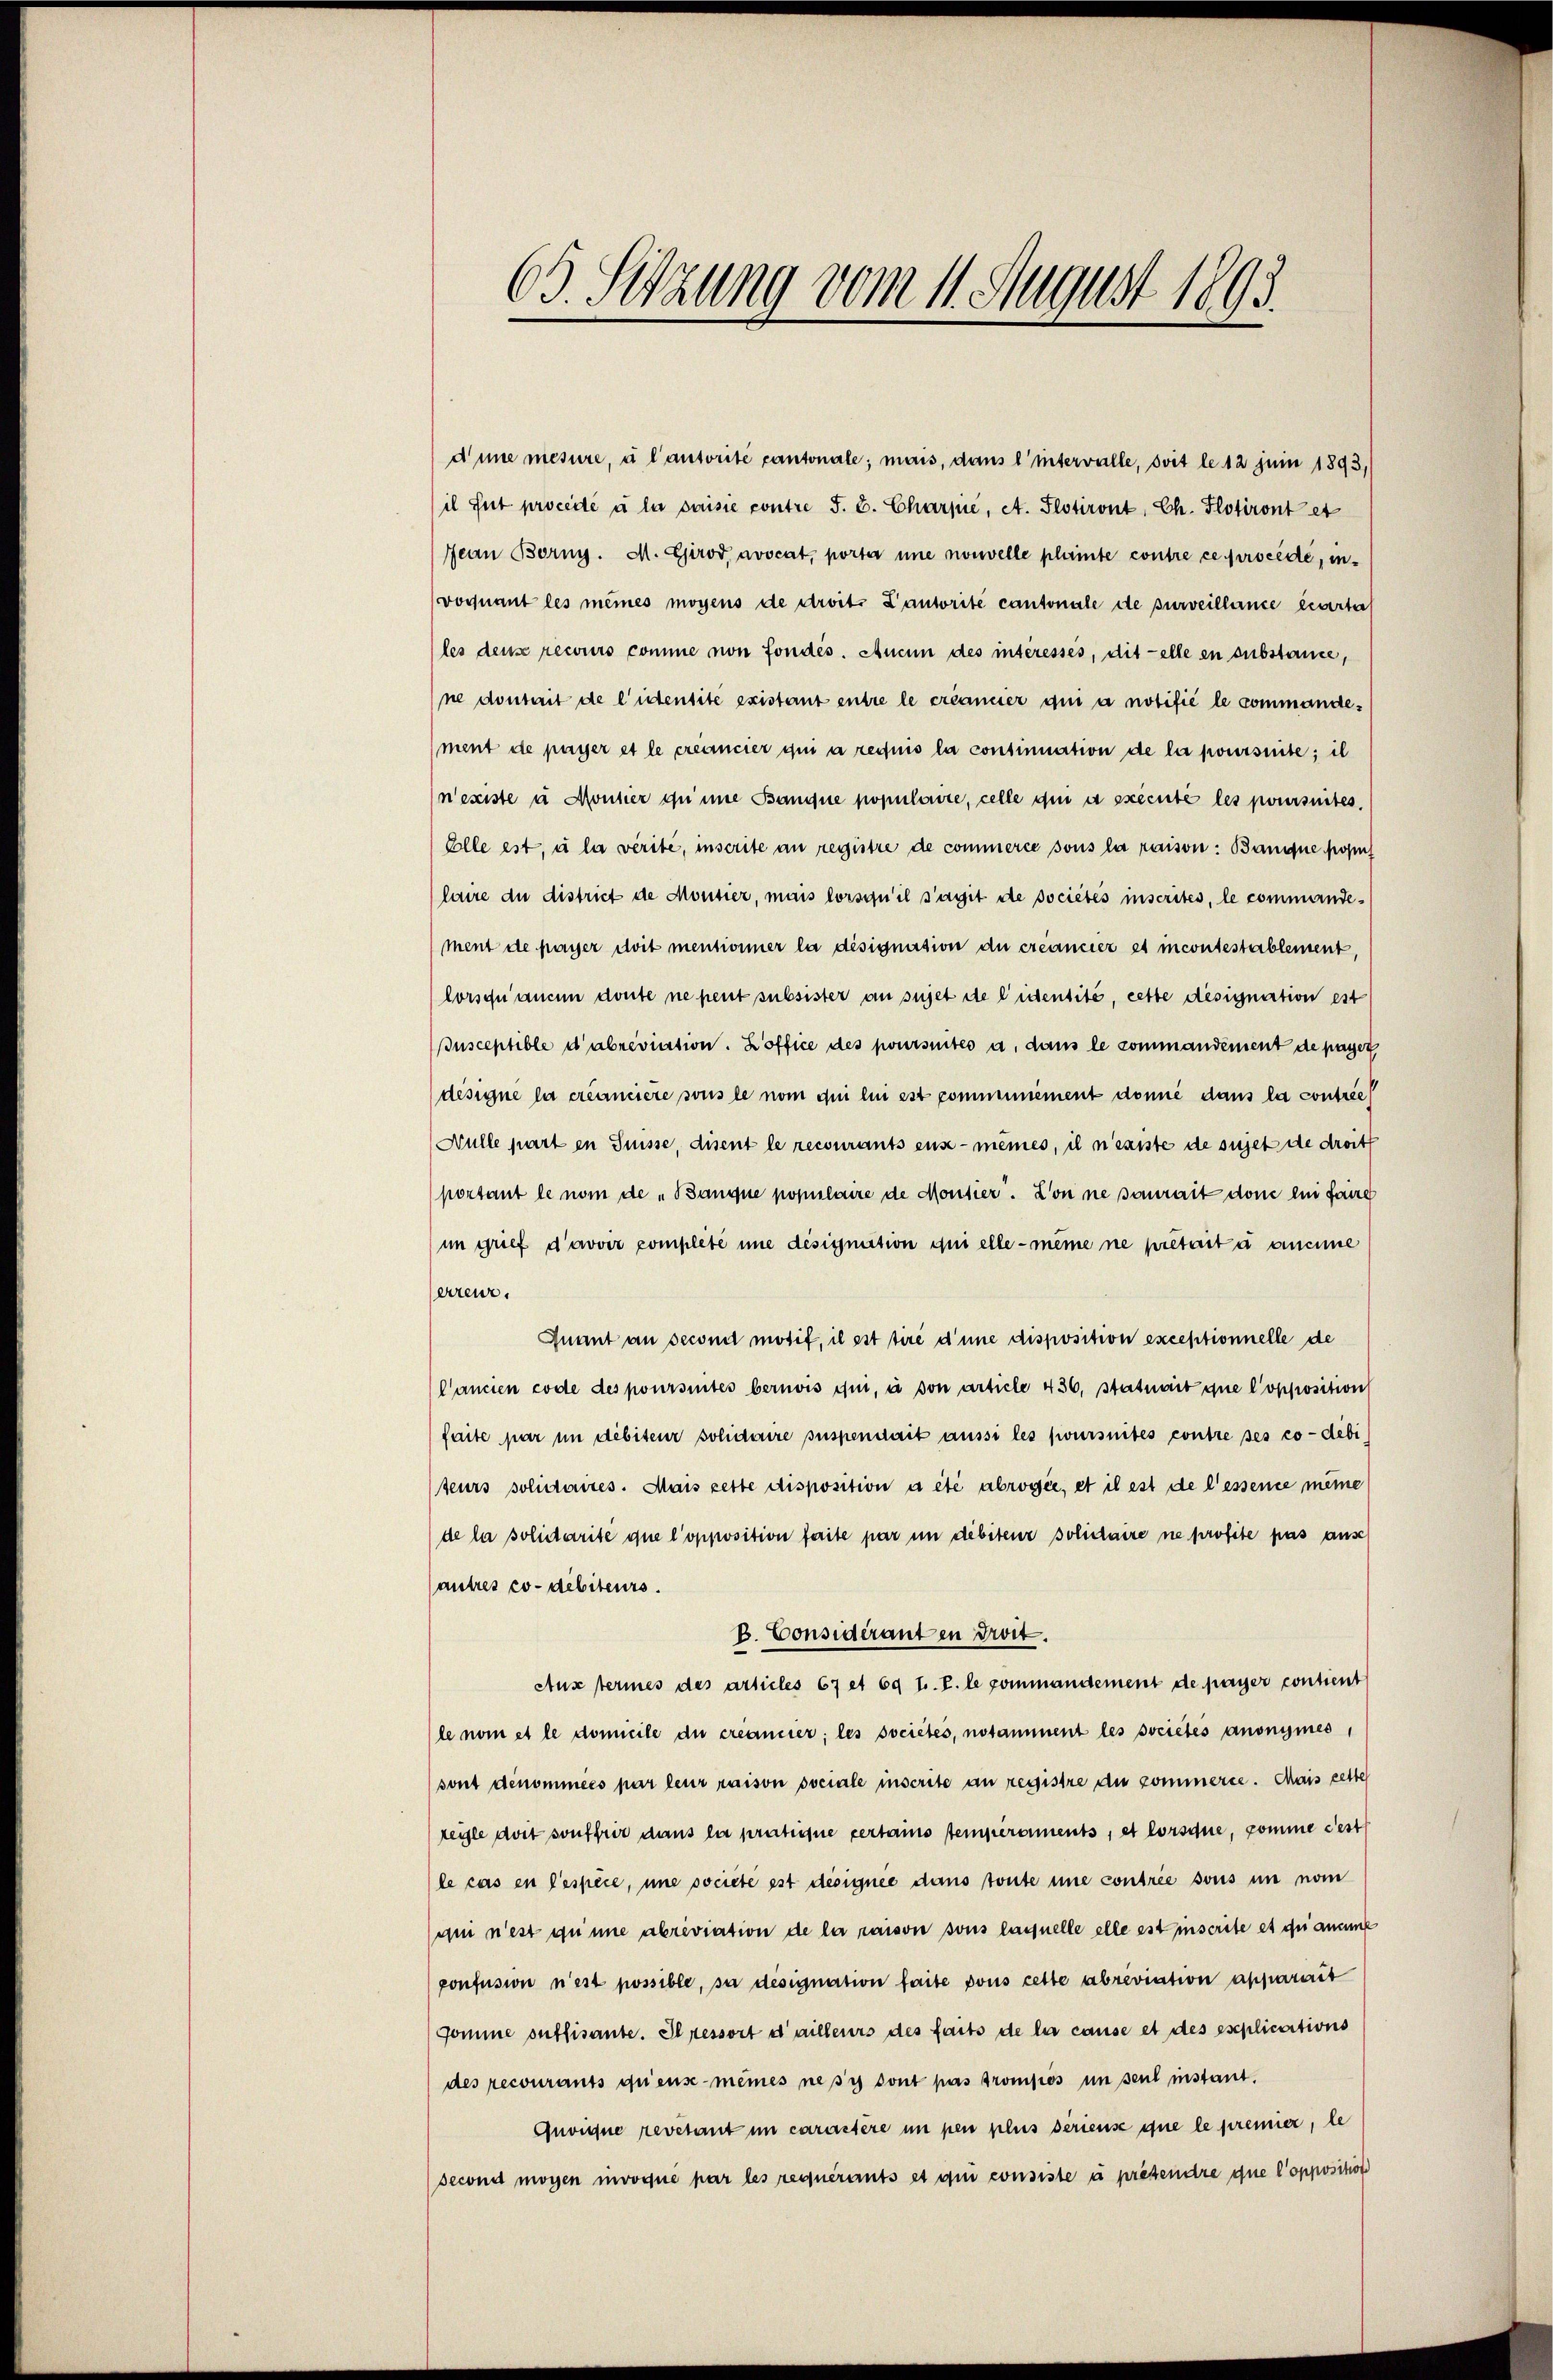
65. Setzung vom 11. August 1893.

d’une mesure, u l’autorité cantonale; mais, dans l’intervalle, soit le 12 Juin 1893,
il Gut procédé à la paisie contre J. C. Charpie, et. Flotiront, Ch. Flotiront et
Jean Borny. M. Girod avocat, porta une nouvelle plante contre ce procede, invoquant les meines moyens de droits Kantorité cantonale de surveillance carta
(les dense recours comme non fondés. Aucun des intéressés, dit elle en substance,
ne dontait de ludentite existant entre le créancer qui a notifié le commande-
ment de payer et le créancier qui a requis la continuation de la poursuite; il
n’existe u Montier quine Banque populaire, celle qui a executé les poursuites.
Elle est, u la vérite, inscrite an registre de commerce sous la raison: Banque popus
laire du district de Montier, mais lorsqu’il s’agit de sociétés inscrites, le commandement de payer doit mentionner la désignission du créancier et incontestablement
lorsqu’aucun doute ne peut subsister an sujet de leidentité, cette désignation est
usceptible d’abreviation. Hoffice des poursuites a. dans le commandement de payer
designe la créanciere sous le nom qui lui est communement donne dans la contrie
Hülle part in Suisse, disent le recourants ens-mêmes, il n’existe de sujet de droit
portant le nom de „Banque populaire de Montier. Don ne saurait dem ein fang
im grief d’avoir complété une désignation qui elle-même ne prétaita ancie
serreur.
Quant an second motif, il est tire d’une disposition exceptionnelle de
Cancien code des poursuites bernois ihm, à son article 436, statuait que l’opposition
faite par im debiteur solidaire suspendait aussi les poursuites contre ses co-debi
teurs solidaires. Mais cette disposition a été abrogée, et il est de l’essence meine
(de la solidarité que l’opposition faite par in debiteur solidaire ne profite pas ause
autres co-debiteurs.
B. Considérant in droit.
Aus termes des articles 67 et 69 t. P. le pommandement de payer contient
le nom et le domicile du créancier; les sociétés, notamment les societes anonymes,
sont denommées par leur raison sociale inscrite an registre an kommerce. Mais cette
reyle doit souffrir dans la pratique certains temperaments, et lorsque, comme Fest
le cas en lespèce, une societe est désignée dans toute une contrie sous in nom
qui n’est quine abreviation de la raison sous laquelle elle est inscrite es du anne
ponfusion n’est possible, sa désignation faite pous cette abreviation apparait
Pomme ouffisante. Il ressort d’ailleurs des faits de la cause et des eseplications
des recourants quieuse-mêmes ne sy sont pas trompios in seul instant.
Gnoine revetant im caractère in pen plus seriense que le premier, le
(second mögen invoqué par les requérants et qui consiste à presendre que l’opposition